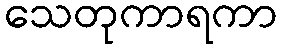
သေတုကာရကာ